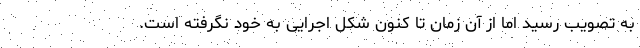
به تصویب رسید اما از آن زمان تا کنون شکل اجرایی به خود نگرفته است.